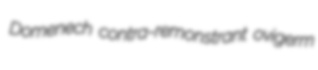
Domenech contra-remonstrant ovigerm